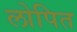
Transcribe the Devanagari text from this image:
लोपित